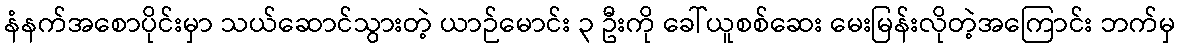
နံနက်အစောပိုင်းမှာ သယ်ဆောင်သွားတဲ့ ယာဉ်မောင်း ၃ ဦးကို ခေါ်ယူစစ်ဆေး မေးမြန်းလိုတဲ့အကြောင်း ဘက်မှ